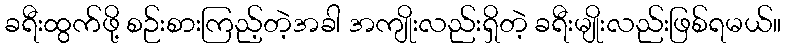
ခရီးထွက်ဖို့ စဉ်းစားကြည့်တဲ့အခါ အကျိုးလည်းရှိတဲ့ ခရီးမျိုးလည်းဖြစ်ရမယ်။